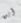
أين